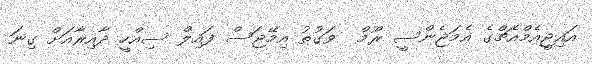
އައިޖީއެމްއެޗްގެ އެމަޖެންސީ ރޫމް  ވަގުތު އިމޭޖަސް ފައިލް ސިއްހީ ދާއިރާއަށް ގިނަ